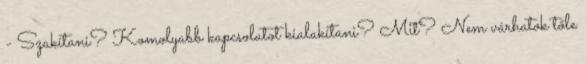
- Szakítani? Komolyabb kapcsolatot kialakítani? Mit? Nem várhatok tőle